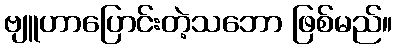
ဗျူဟာပြောင်းတဲ့သဘော ဖြစ်မည်။